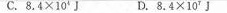
C.8.4×10^{4}J D.8.4×10^{4}J